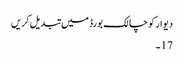
دیوار کو چالک بورڈ میں تبدیل کریں
17۔